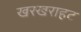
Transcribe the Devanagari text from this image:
खरखराहट